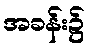
အခန်း၌